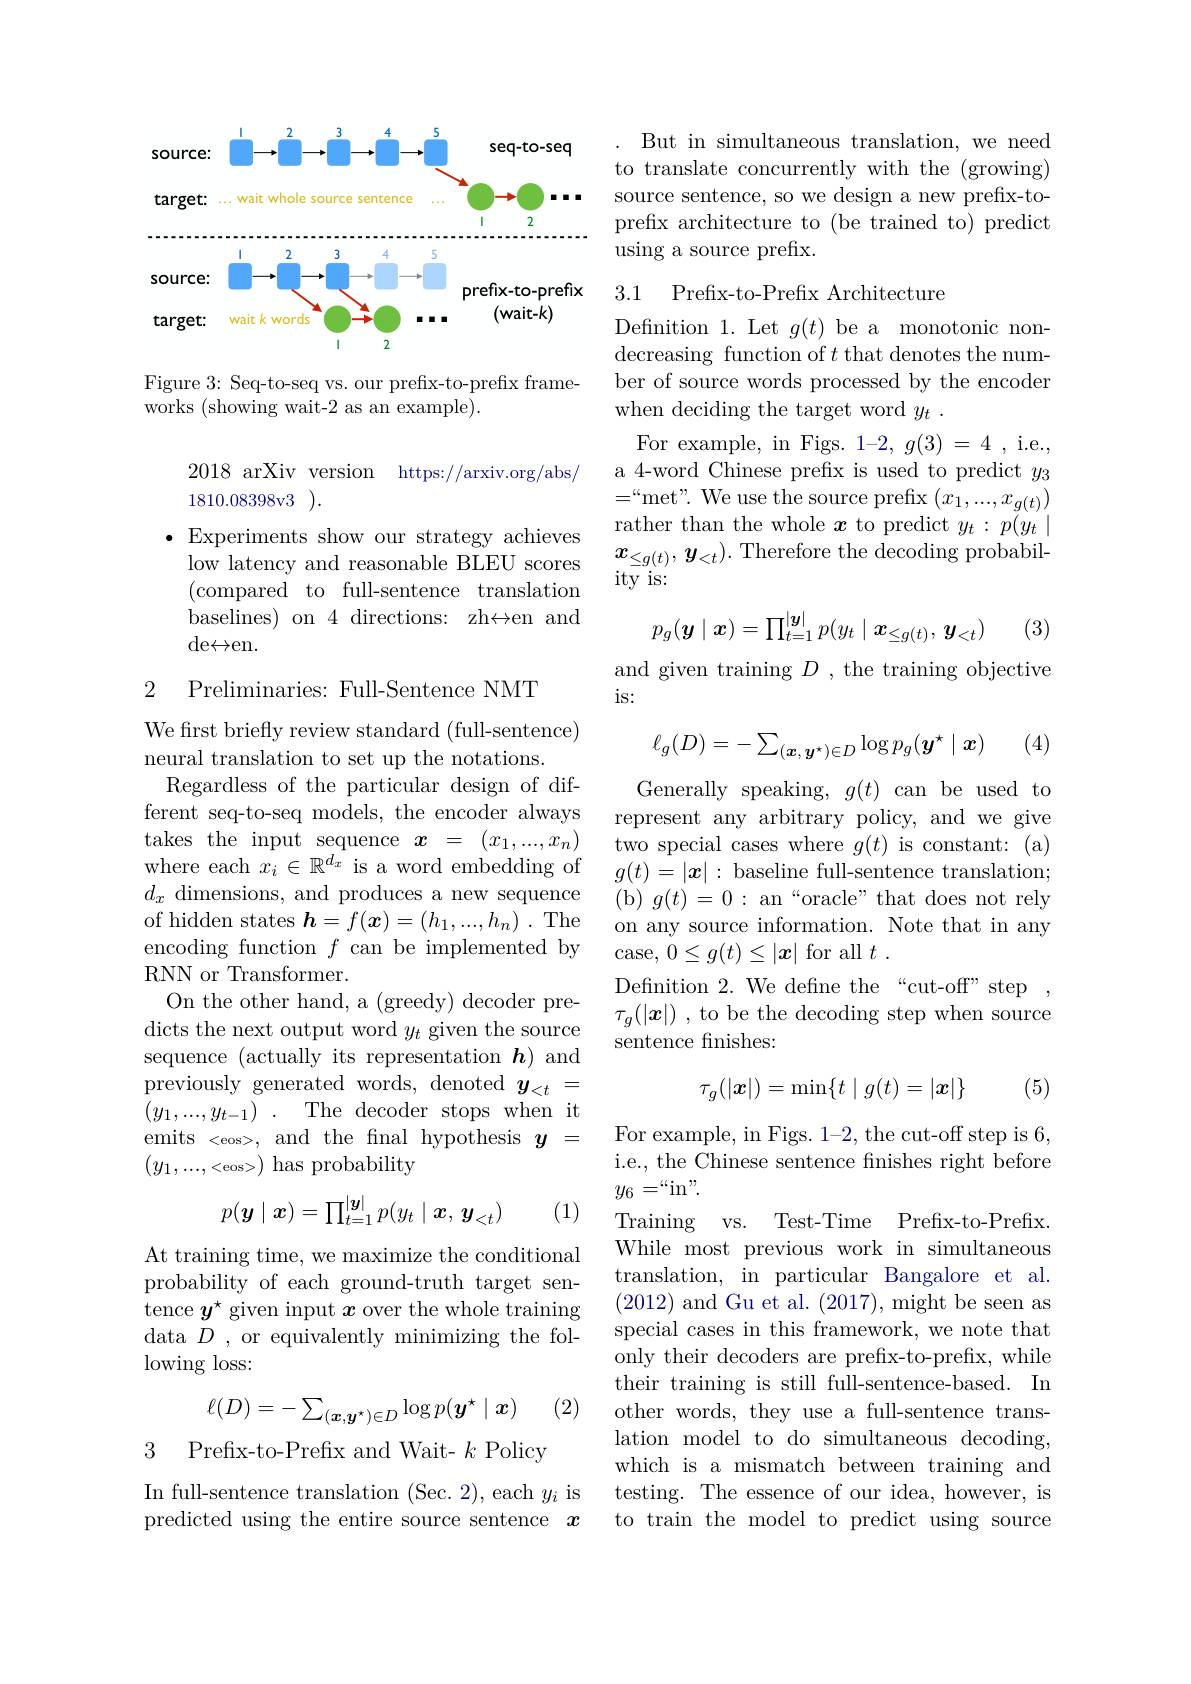
<FigureHere>

Figure 3: Seq-to-seq vs. our prefix-to-prefix frame-
works (showing wait-2 as an example).

2018 arXiv version https://arxiv.org/abs/
1810.08398v3).
(compared to full-sentence translation baselines) on 4 directions: zh$\leftrightarrow$en and ${\mathrm{de}}\leftrightarrow$en.

2 Preliminaries: Full-Sentence NMT

We first briefly review standard (full-sentence)
neural translation to set up the notations.
Regardless of the particular design of different seq-to-seq models, the encoder always takes the input sequence $x=(x_1,...,x_n)$ where each $x_i\in\mathbb{R}^{d_x}$ is a word embedding of $d_x$ dimensions, and produces a new sequence of hidden states $\boldsymbol{h}= f( \boldsymbol{x}) = ( h_1, . . . , h_n)$ .The encoding function $f$ can be implemented by RNN or Transformer.
On the other hand, a (greedy) decoder predicts the next output word $y_t$ given the source sequence (actually its representation $\boldsymbol h)$ and $\begin{array}{c}{\mathrm{previously~generated~words,~denoted~}}\\{\mathrm{y}}_{<t}&=\end{array}$ $( y_1, . . . , y_{t- 1})$ . The decoder stops when it emits <eos>, and the fnal hypothesis $y=$ $(y_1,...,<$eos>)has probability
$$p(\boldsymbol{y}\mid\boldsymbol{x})=\prod_{t=1}^{|\boldsymbol{y}|}p(y_t\mid\boldsymbol{x},\boldsymbol{y}_{<t})$$
(1)

At training time, we maximize the conditional probability of each ground-truth target sentence $y^\star$ given input $x$ over the whole training data $D$ , or equivalently minimizing the fol- $\operatorname{lowing}$ loss:

(2)
$$\ell(D)=-\sum_{(\boldsymbol{x},\boldsymbol{y}^\star)\in D}\log p(\boldsymbol{y}^\star\mid\boldsymbol{x})$$
Prefix-to-Prefix and Wait- $k$ Policy

3

In full-sentence translation (Sec. 2), each $y_i$ is predicted using the entire source sentence $x$

But in simultaneous translation, we need to translate concurrently with the (growing) source sentence, so we design a new prefix-toprefix architecture to (be trained to) predict using a source prefix.

## 3.1 Prefix-to-Prefix Architecture

Defnition 1. Let $g(t)$ be a monotonic nondecreasing function of $t$ that denotes the number of source words processed by the encoder when deciding the target word $y_t$ .
For example, in Figs. $1-2,g(3)=4$,i.e. a 4-word Chinese prefix is used to predict $y_3$ $=``$met". We use the source prefix $(x_1,...,x_{g(t)})$
$\begin{array}{lll}\bullet&\text{Experiments show our strategy achieves}&\text{rather than the whole }x\text{ to predict }y_{t}:p(y_{t}\mid\\\text{low latency and reasonable BLEU scores}&x_{\leq g(t)},y_{<t}).\text{Therefore the decoding probabil-}\\\end{array}$
ity is:
$$p_g(\boldsymbol{y}\mid\boldsymbol{x})=\prod_{t=1}^{|\boldsymbol{y}|}p(y_t\mid\boldsymbol{x}_{\leq g(t)},\:\boldsymbol{y}_{<t})$$
(3)

and given training $D$ , the training objective
is:
$$\ell_g(D)=-\sum_{(\boldsymbol{x},\boldsymbol{y}^\star)\in D}\log p_g(\boldsymbol{y}^\star\mid\boldsymbol{x})$$
(4)

Generally speaking, $g(t)$ can be used to represent any arbitrary policy, and we give two special cases where $g(t)$ is constant: (a) $g(t)=|\boldsymbol{x}|:$ baseline full-sentence translation; ( b) $g( t) = 0: {\mathrm{~an~“ oracle" ~that~does~not~rely}}$ on any source information. Note that in any case, $0\leq g(t)\leq|x|$ for all $t.$
Definition 2. We define the“cut-off” step $\tau_g(|\boldsymbol{x}|)$ , to be the decoding step when source sentence finishes:

(5)
$$\tau_g(|\boldsymbol{x}|)=\min\{t\mid g(t)=|\boldsymbol{x}|\}$$
For example, in Figs. 1-2, the cut-off step is 6, i.e., the Chinese sentence fnishes right before $y_{6}=“$in".
Training vs. Test-Time Prefix-to-Prefix. While most previous work in simultaneous translation, in particular Bangalore et al. (2012) and Gu et al. (2017),might be seen as special cases in this framework, we note that only their decoders are prefix-to-prefix, while their training is still full-sentence-based. In other words, they use a full-sentence translation model to do simultaneous decoding, which is a mismatch between training and testing. The essence of our idea, however, is to train the model to predict using source